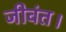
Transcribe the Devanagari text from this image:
जीवंत।